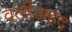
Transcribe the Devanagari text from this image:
वलीअहद